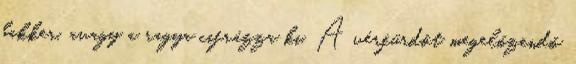
bakker, avagy a ragya cifrázza ki. A vérfürdőt megelőzendő